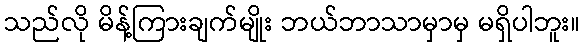
သည်လို မိန့်ကြားချက်မျိုး ဘယ်ဘာသာမှာမှ မရှိပါဘူး။